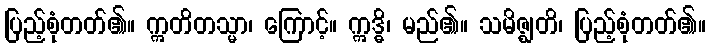
ပြည့်စုံတတ်၏။ ဣတိတသ္မာ၊ ကြောင့်။ ဣဒ္ဓိ၊ မည်၏။ သမိဇ္ဈတိ၊ ပြည့်စုံတတ်၏။